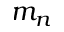
m _ { n }